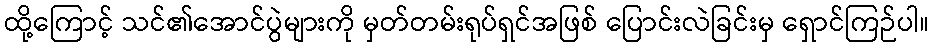
ထို့ကြောင့် သင်၏အောင်ပွဲများကို မှတ်တမ်းရုပ်ရှင်အဖြစ် ပြောင်းလဲခြင်းမှ ရှောင်ကြဉ်ပါ။